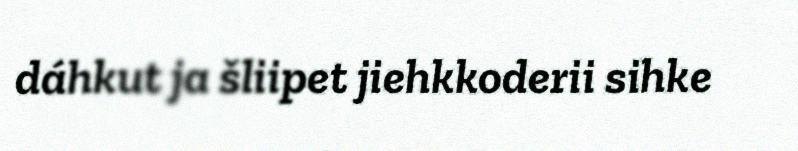
dáhkut ja šliipet jiehkkoderii sihke